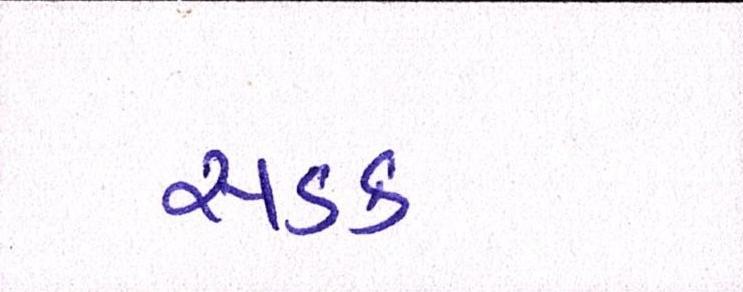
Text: સડક